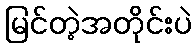
မြင်တဲ့အတိုင်းပဲ